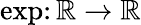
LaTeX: \exp\colon\mathbb{R}\to\mathbb{R}